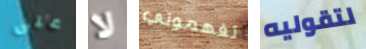
على لا تفهموني لتقوليه